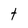
Character: t